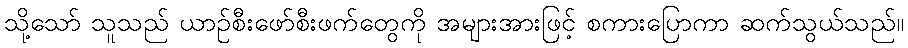
သို့သော် သူသည် ယာဉ်စီးဖော်စီးဖက်တွေကို အများအားဖြင့် စကားပြောကာ ဆက်သွယ်သည်။